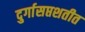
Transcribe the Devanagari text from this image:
दुर्गासप्तशतीत